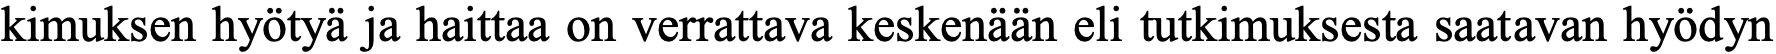
kimuksen hyötyä ja haittaa on verrattava keskenään eli tutkimuksesta saatavan hyödyn